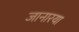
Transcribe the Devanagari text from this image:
जानारया